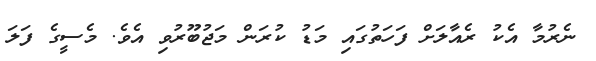
ނެރުމާ އެކު ރެއާލަށް ފަހަތުގައި މަޑު ކުރަން މަޖުބޫރުވި އެވެ. މެސީގެ ފަލަ